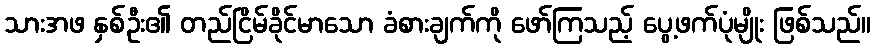
သားအဖ နှစ်ဦး၏ တည်ငြိမ်ခိုင်မာသော ခံစားချက်ကို ဖော်ကြသည့် ပွေ့ဖက်ပုံမျိုး ဖြစ်သည်။